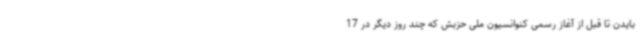
بایدن تا قبل از آغاز رسمی کنوانسیون ملی حزبش که چند روز دیگر در 17